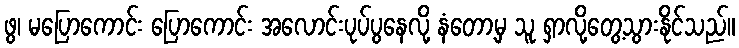
ဖွ၊ မပြောကောင်း ပြောကောင်း အလောင်းပုပ်ပွနေလို့ နံတော့မှ သူ ရှာလို့တွေ့သွားနိုင်သည်။